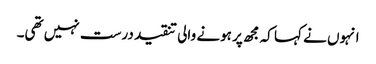
انہوں نے کہا کہ مجھ پر ہونے والی تنقید درست نہیں تھی۔